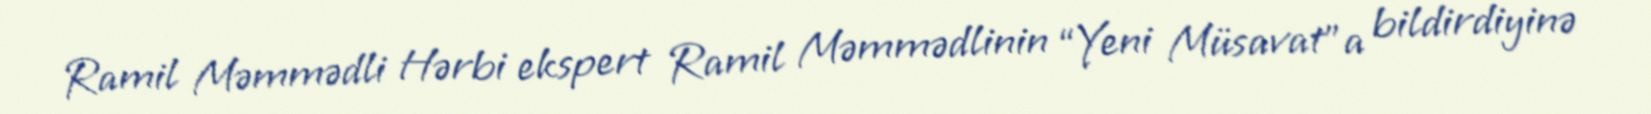
Ramil Məmmədli Hərbi ekspert Ramil Məmmədlinin “Yeni Müsavat”a bildirdiyinə